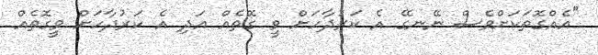
"އެއްގޮތަކަށްވެސް ނޭނގޭ އެ ކަރުދާހަށް ވީ ގޮތެއް އަދި އެ ކަރުދާހަށް ވީގޮތެއް